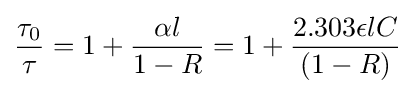
{\frac {\tau _{0}}{\tau }}=1+{\frac {\alpha l}{1-R}}=1+{\frac {2.303\epsilon lC}{(1-R)}}